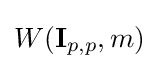
W(\mathbf {I} _{p,p},m)